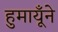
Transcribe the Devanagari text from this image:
हुमायूँने